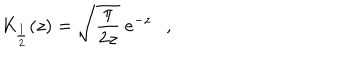
{ \mathit { K } } _ { \frac { 1 } { 2 } } ( z ) = \sqrt { \frac { \pi } { 2 z } } ~ e ^ { - z } ,